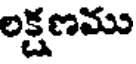
లక్షణము